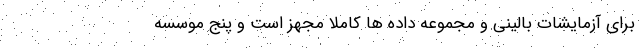
برای آزمایشات بالینی و مجموعه داده ها کاملاً مجهز است و پنج موسسه